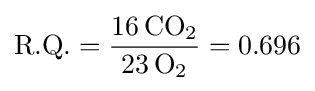
{\text{R.Q.}}={\frac {16\,\mathrm {CO} {\vphantom {A}}_{\smash[{t}]{2}}}{23\,\mathrm {O} {\vphantom {A}}_{\smash[{t}]{2}}}}=0.696